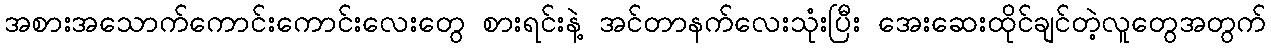
အစားအသောက်ကောင်းကောင်းလေးတွေ စားရင်းနဲ့ အင်တာနက်လေးသုံးပြီး အေးဆေးထိုင်ချင်တဲ့လူတွေအတွက်